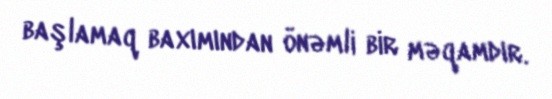
başlamaq baxımından önəmli bir məqamdır.